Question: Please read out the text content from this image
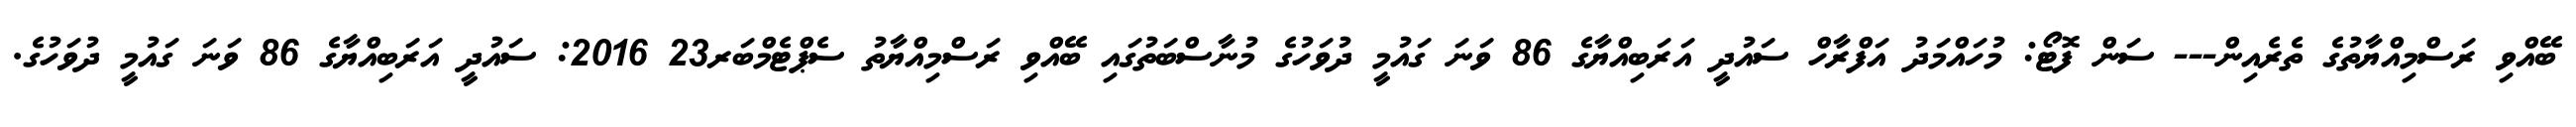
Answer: ބޭއްވި ރަސްމިއްޔާތުގެ ތެރެއިން--- ސަން ފޮޓޯ: މުހައްމަދު އަފްރާހް ސައުދީ އަރަބިއްޔާގެ 86 ވަނަ ގައުމީ ދުވަހުގެ މުނާސްބަތުގައި ބޭއްވި ރަސްމިއްޔާތު ސެޕްޓެމްބަރ23 2016: ސައުދީ އަރަބިއްޔާގެ 86 ވަނަ ގައުމީ ދުވަހުގެ.